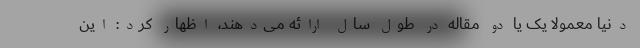
دنیا معمولاً یک یا دو مقاله در طول سال ارائه می‌دهند، اظهار کرد: این